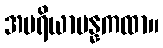
အပရိယာပန္နကထာ။